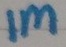
Text: 1M